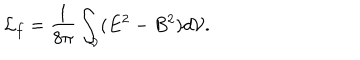
LaTeX: { \cal L } _ { f } = \frac { 1 } { 8 \pi } \int _ { \cal V } ( E ^ { 2 } - B ^ { 2 } ) d { \cal V } .